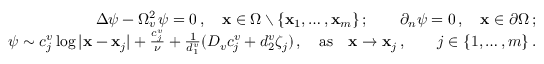
\begin{array} { r l r } & { } & { \Delta \psi - \Omega _ { v } ^ { 2 } \, \psi = 0 \, , \quad { \bf x } \in \Omega \setminus \{ { \bf x } _ { 1 } , \ldots , { \bf x } _ { m } \} \, ; \qquad \partial _ { n } \psi = 0 \, , \quad { \bf x } \in \partial \Omega \, ; } \\ & { } & { \psi \sim c _ { j } ^ { v } \log | { \bf x } - { \bf x } _ { j } | + \frac { c _ { j } ^ { v } } { \nu } + \frac { 1 } { d _ { 1 } ^ { v } } ( D _ { v } c _ { j } ^ { v } + d _ { 2 } ^ { v } \zeta _ { j } ) \, , \quad \mathrm { a s } \quad { \bf x } \to { \bf x } _ { j } \, , \qquad j \in \lbrace { 1 , \ldots , m \rbrace } \, . } \end{array}